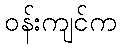
ဝန်းကျင်က